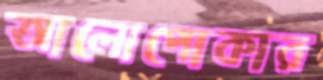
আলোপোকার